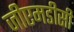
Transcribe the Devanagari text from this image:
जीएमडीसी